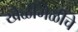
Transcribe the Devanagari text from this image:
खेळीमेळीचे